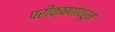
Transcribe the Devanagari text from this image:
परीक्षणांवरून